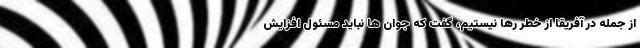
از جمله در آفریقا از خطر رها نیستیم، گفت که جوان ها نباید مسئول افزایش